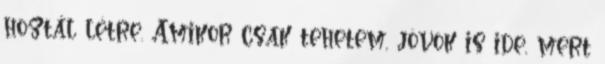
hoztál létre. Amikor csak tehetem, jövök is ide, mert